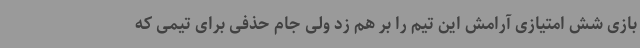
بازی شش امتیازی آرامش این تیم را بر هم زد ولی جام حذفی برای تیمی که